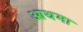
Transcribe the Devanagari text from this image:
आथमा